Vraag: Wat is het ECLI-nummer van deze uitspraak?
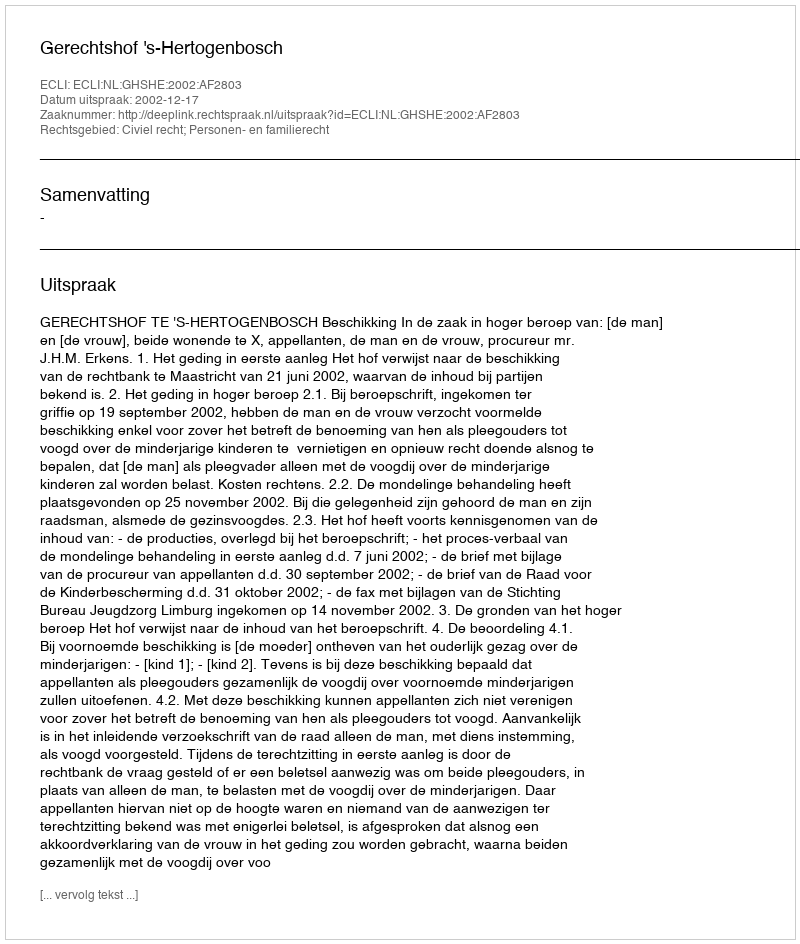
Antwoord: ECLI:NL:GHSHE:2002:AF2803